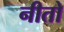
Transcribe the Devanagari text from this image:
नीतो